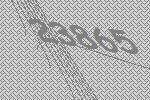
23865